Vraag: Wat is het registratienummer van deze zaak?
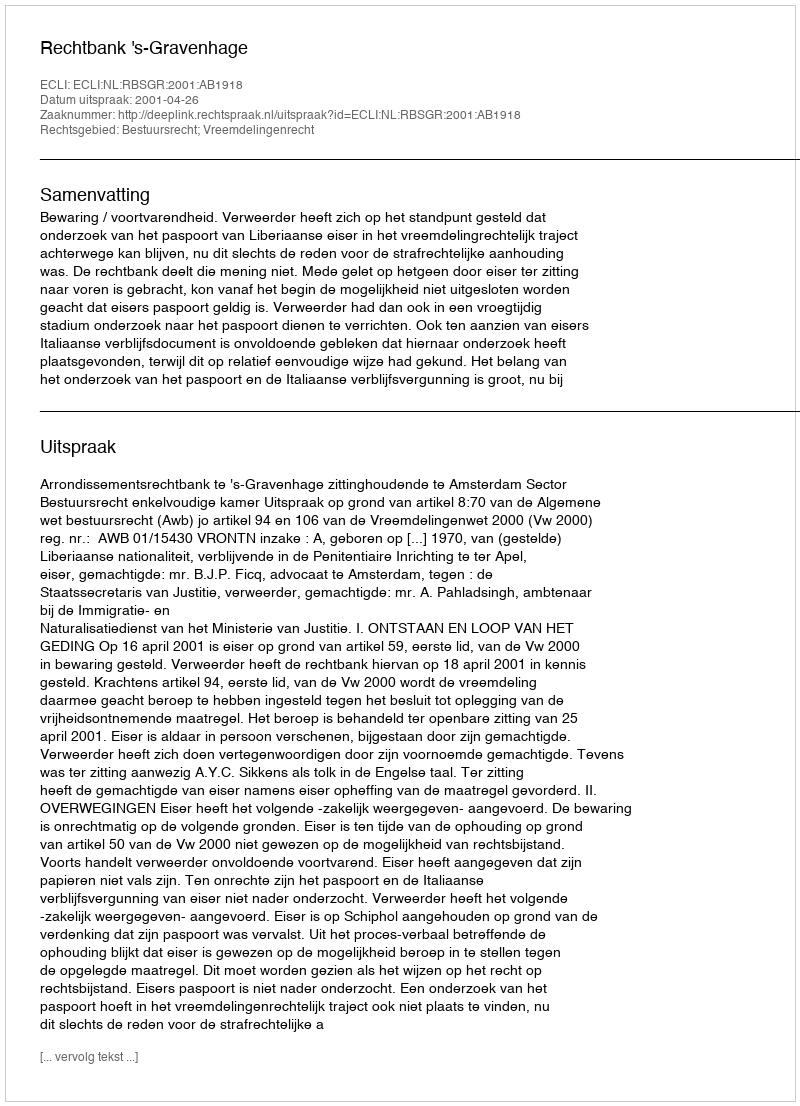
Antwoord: http://deeplink.rechtspraak.nl/uitspraak?id=ECLI:NL:RBSGR:2001:AB1918